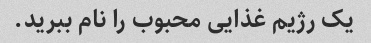
یک رژیم غذایی محبوب را نام ببرید.